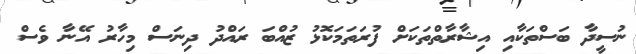
ނުސީދާ ބަސްތަކާއި އިޝާރާތްތަކަށް ފުރަތަމަކޮޅު ޒުއްބަ ރައްދު ދިނަސް މިހާރު އޭނާ ވެސް